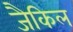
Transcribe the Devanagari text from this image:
जैकिल